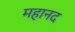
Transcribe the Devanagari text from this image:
महानद